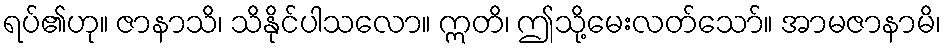
ရပ်၏ဟု။ ဇာနာသိ၊ သိနိုင်ပါသလော။ ဣတိ၊ ဤသို့မေးလတ်သော်။ အာမဇာနာမိ၊